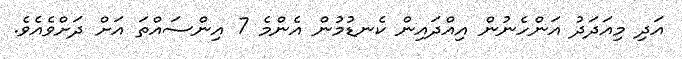
އަދި މިއަދަދު އަންހެނުން އިއްދައިން ކެނޑުމުން އެންމެ 7 އިންސައްތަ އަށް ދަށްވެއެވެ.